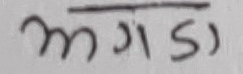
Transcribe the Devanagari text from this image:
अमगडा